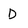
Character: D